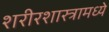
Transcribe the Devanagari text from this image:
शरीरशास्त्रामध्ये